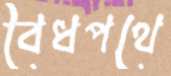
বৈধপথে